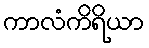
ကာလံကိရိယာ